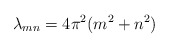
\begin{align*}\lambda_{mn} = 4\pi^2 (m^2 + n^2)\end{align*}